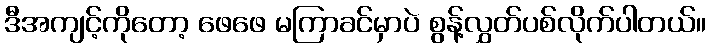
ဒီအကျင့်ကိုတော့ ဖေဖေ မကြာခင်မှာပဲ စွန့်လွှတ်ပစ်လိုက်ပါတယ်။